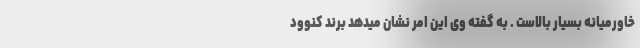
خاورمیانه بسیار بالاست . به گفته وی این امر نشان میدهد برند کنوود